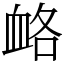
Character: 衉